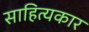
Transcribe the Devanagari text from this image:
साहित्‍यकार